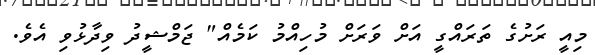
މިއީ ރަށުގެ ތަރައްގީ އަށް ވަރަށް މުހިއްމު ކަމެއް" ޖަމްޝީދު ވިދާޅުވި އެވެ.